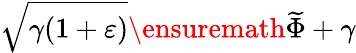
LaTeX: \sqrt{\gamma(1+\varepsilon)}\ensuremath{\widetilde{\Phi}}+\gamma